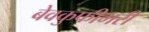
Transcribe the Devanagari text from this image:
बेवकुफीभरी